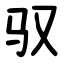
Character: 驭